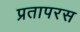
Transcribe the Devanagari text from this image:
प्रतापरस